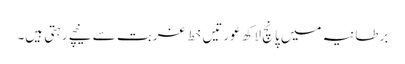
برطانیہ میں پانچ لاکھ عورتیں خط غربت سے نیچے رہتی ہیں۔